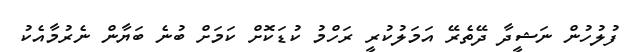
ފުލުހުން ނަޝީދާ ދޭތެރޭ އަމަލުކުރީ ރަހްމު ކުޑަކޮށް ކަމަށް ބުނެ ބަޔާން ނެރުމާއެކު